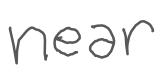
Text: near
Cross-out: clean
Writing tool: digital_gray